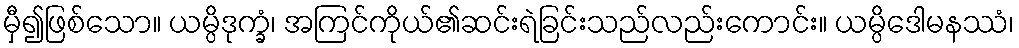
မှီ၍ဖြစ်သော။ ယမ္ပိဒုက္ခံ၊ အကြင်ကိုယ်၏ဆင်းရဲခြင်းသည်လည်းကောင်း။ ယမ္ပိဒေါမနဿံ၊